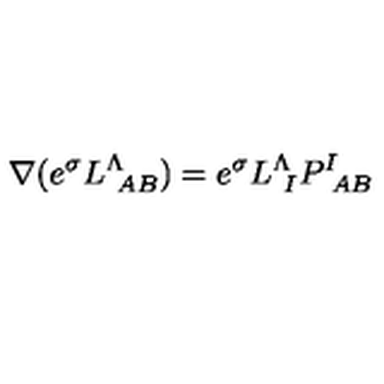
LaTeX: \nabla ( e ^ { \sigma } L _ { \ A B } ^ { \Lambda } ) = e ^ { \sigma } L _ { \ I } ^ { \Lambda } P _ { \ A B } ^ { I }